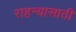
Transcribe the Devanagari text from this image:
राहन्यासाठी